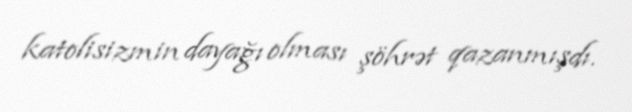
katolisizmin dayağı olması şöhrət qazanmışdı.